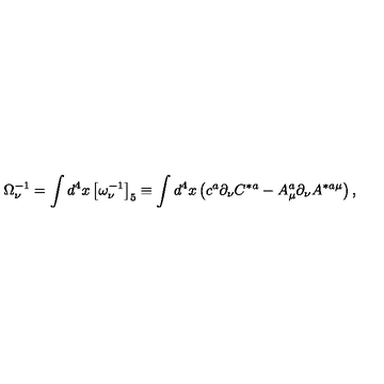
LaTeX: \Omega _ { \nu } ^ { - 1 } = \int d ^ { 4 } x \left[ \omega _ { \nu } ^ { - 1 } \right] _ { 5 } \equiv \int d ^ { 4 } x \left( c ^ { a } \partial _ { \nu } C ^ { * a } - A _ { \mu } ^ { a } \partial _ { \nu } A ^ { * a \mu } \right) ,